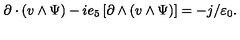
\partial \cdot ( v \wedge \Psi ) - i e _ { 5 } \left[ \partial \wedge ( v \wedge \Psi ) \right] = - j / \varepsilon _ { 0 } .